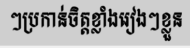
ៗប្រកាន់ចិត្តខ្លាំងរៀងៗខ្លួន